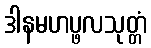
ဒါနမဟပ္ဖလသုတ္တံ